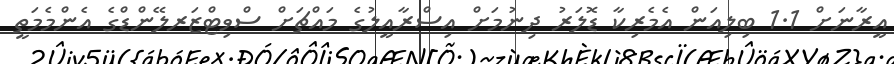
އީރާނަށް 1.1 ބިލިއަން އެމެރިކާ ޑޮލަރު ދިނުމަށް އިސްރާއީލުގެ މައްޗަށް ސްވިޓްޒަރލޭންޑްގެ އެންމެމަތީ